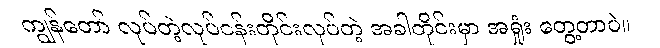
ကျွန်တော် လုပ်တဲ့လုပ်ငန်းတိုင်းလုပ်တဲ့ အခါတိုင်းမှာ အရှုံး တွေ့တာပဲ။